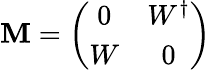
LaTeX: \mathbf{M}=\left(\begin{array}{cc}{{0}}&{{W^{\dagger}}}\\ {{W}}&{{0}}\end{array}\right)